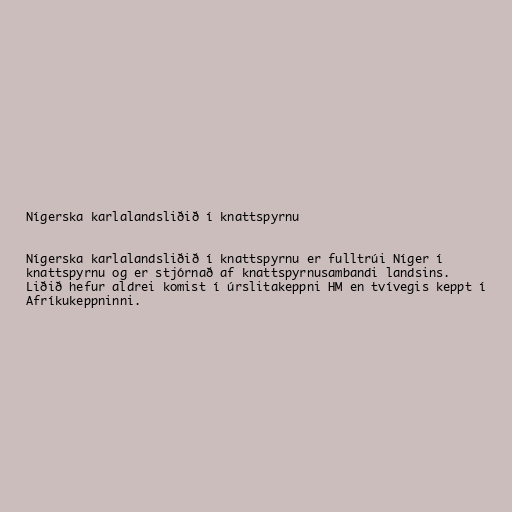
Nígerska karlalandsliðið í knattspyrnu

Nígerska karlalandsliðið í knattspyrnu er fulltrúi Níger í
knattspyrnu og er stjórnað af knattspyrnusambandi landsins.
Liðið hefur aldrei komist í úrslitakeppni HM en tvívegis keppt í
Afríkukeppninni.